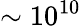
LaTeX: \sim 10^{10}